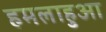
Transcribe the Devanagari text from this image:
हमलाहुआ